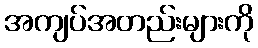
အကျပ်အတည်းများကို